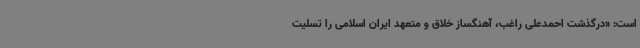
است: «درگذشت احمدعلی راغب، آهنگساز خلاق و متعهد ایران اسلامی را تسلیت